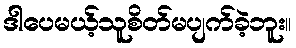
ဒါပေမယ့်သူစိတ်မပျက်ခဲ့ဘူး။